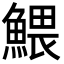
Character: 鰃